Account of plague administration in the Bombay Presidency from September 1896 till May 1897
Year: 1896
Disease focus: Plague
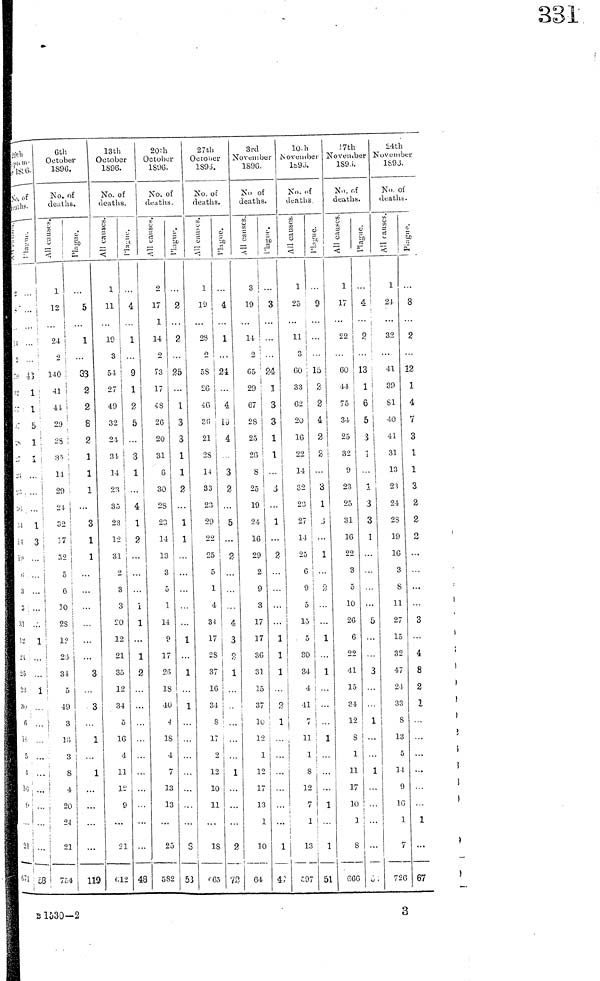
29th
/ill/
/ill/
No. of
/ill/
;1
.,
/ill/
/ill/
/ill/
/ill/
/ill/
/ill/
/ill/
/ill/
/ill/
/ill/
! i
/ill/
ι;
3
3
31
12
21
25
23
30
fi
/ill/
5
/ill/
16
9
2l
/ill/
··
/ill/
1
1
5
/ill/
1
...
...
1
3
. . .
/ill/
/ill/
1
...
. . .
/ill/
/ill/
6th
Octo ber
1SD6.
No.of
deaths.
/ill/
/ill/
l
12
24
2
140
41
41
29
28
35
14
29
2l
32
17
32
5
6
10
28
12
25
34
5
49
3
16
3
8
4
20
21
21
754
/ill/
5
1
...
33
2
2
8
2
1
1
1
1
3
1
1
...
3
3
1
. . .
. . .
119
13th
20th
October
1896.
No. of |
deaths.
/ill/
/ill/
1
11
19
3
51
27
49
32
21
34.
14
23
35
23
12
31
2
3
3
20
12
21
35
12
34
δ
16
4
11
12
9
21
612
£
4
1
9
1
2
5
3
1
4
1
2
...
1
1
1
2
. . .
...
48
October
1806.
No. of
deaths.
/ill/
/ill/
2
17
1
14
o
73
17
48
26
20
31
6
30
28
28
14
13
8
5
1
14
9
17
26
18
10
4
18
4
7
13
13
...
25
582
/ill/
2
2
25
1
3
3
1
1
2
1
1
1
1
...
1
. . .
8
53
27th
Octomber
1805
No. of
deaths.
/ill/
/ill/
1
19
28
2
58
26
40
35
21
28
14
33
23
29
22
25
δ
1
4
34
17
28
37
16
34
S
17
12
10
11
18
|
665
/ill/
4
1
24
4
l6
4
3
2
5
2
1
. . . .
4
3
2
1
1
1
2
72
3rd
November
1896.
No of
deaths.
/ill/
/ill/
3
19
11
2
65
20
67
28
25
26
8
25
19
24
16
29
2
9
3
17
17
36
31
15
37
10
12
1
12
17
13
1
I
10
04
/ill/
3
3
24
1
3
3
1
1
3
1
2
1
1
1
1
...
...
...
···
1
10th
November
1896
No. of
17th
November
1896.
No. of
deaths
deaths.
/ill/
/ill/
1
25
11
2
60
33
62
20
16
22
14
32
23
27
14
25
0
9
5
15
5
30
34
4
41
7
11
1
8
12
7
1
507
/ill/
/ill/
9
. . .
...
15
2
2
4
2
3
1
3
...
1
1
. . .
1
. . .
1
1
51
1
17
...
22
. . .
60
44
75
34
25
32
0
23
25
31
16
22
3
5
10
26
6
22
41
15
34
12
S
1
11
17
10
1
8
666
/ill/
4
2
13
1
6
5
1
1
3
3
1
5
3
1
...
1
0
24th
November
1895
N" of
deaths
/ill/
/ill/
1
24
32
41
30
81
4ü
41
31
13
23
24
28
19
10
3
8
11
27
15
32
41
24
33
S
13
5
14
9
10
1
7
726
/ill/
8
2
12
1
4
7
3
1
1
3
2
2
3
3
4
8
2
1
1
1
67
B 1630-2
3